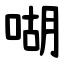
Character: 㗅